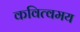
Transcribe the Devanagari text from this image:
कवित्वमय